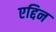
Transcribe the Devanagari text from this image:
एद्दिन